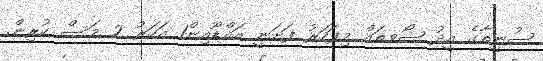
ސުނީތާގެ އީދު ޝޯވތައް މިފަހަރު ފަށަނީ އައްޑޫއިން1 އަހަރު 2 މަސް ކުރިން.